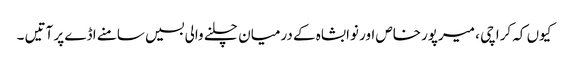
کیوں کہ کراچی ، میرپورخاص اور نوابشاہ کے درمیان چلنے والی بسیں سامنے اڈے پر آتیں ۔